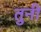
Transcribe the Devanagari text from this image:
तुनीं